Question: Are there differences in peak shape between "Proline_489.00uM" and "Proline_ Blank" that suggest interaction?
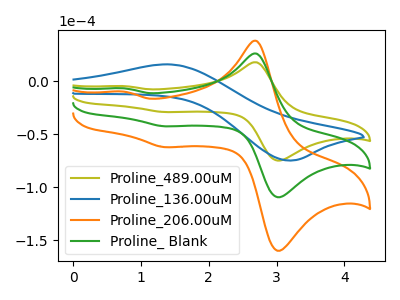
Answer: <think>The olive curve "Proline_489.00uM" has anodic peaks at (2.70V, 17.70uA) (0.75V, -4.65uA) and cathodic peaks at (3.10V, -74.20uA) (1.35V, -29.10uA). The blue curve "Proline_136.00uM" has an anodic peak at (1.45V, 15.75uA) and a cathodic peak at (3.15V, -74.70uA). The orange curve "Proline_206.00uM" has anodic peaks at (2.70V, 51.80uA) (0.75V, -13.60uA) and cathodic peaks at (3.10V, -216.85uA) (1.35V, -85.10uA). The green curve "Proline_ Blank" has anodic peaks at (2.70V, 25.90uA) (0.75V, -6.80uA) and cathodic peaks at (3.10V, -108.45uA) (1.35V, -42.55uA).
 All the peaks in "Proline_489.00uM" have a peak in "Proline_ Blank" at the same potential.</think>
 <answer>No, "Proline_489.00uM" and "Proline_ Blank" don't appear to be significantly different in shape</answer>
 <eval>no_change</eval>